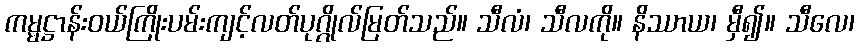
ကမ္မဋ္ဌာန်းဝယ်ကြိုးပမ်းကျင့်လတ်ပုဂ္ဂိုလ်မြတ်သည်။ သီလံ၊ သီလကို။ နိဿာယ၊ မှီ၍။ သီလေ၊